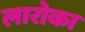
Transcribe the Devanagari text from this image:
लारोका